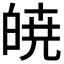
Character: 𭽙